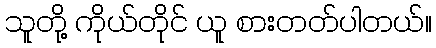
သူတို့ ကိုယ်တိုင် ယူ စားတတ်ပါတယ်။